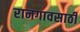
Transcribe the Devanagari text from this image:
रानगावसाठी